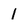
Character: 1